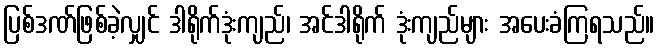
ပြစ်ဒဏ်ဖြစ်ခဲ့လျှင် ဒါရိုက်ဒုံးကျည်၊ အင်ဒါရိုက် ဒုံးကျည်များ အပေးခံကြရသည်။